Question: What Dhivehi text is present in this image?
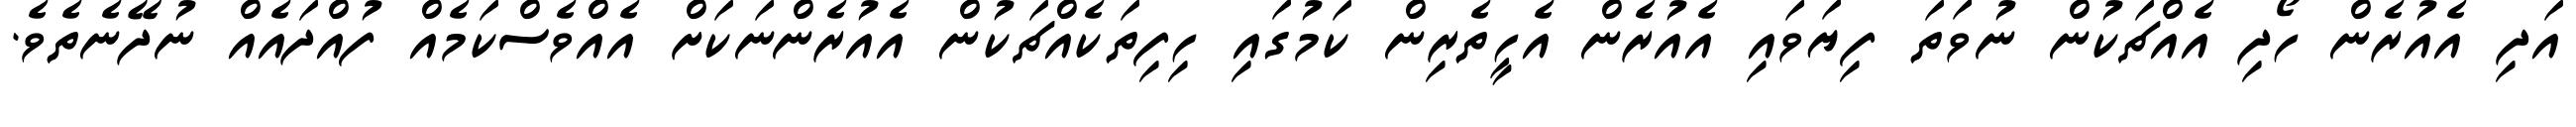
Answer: އަދި އެއުރެން ހޯދި އެއްޗަކުން ނުވަތަ ފިޔަވައި އެއުރެން އެހީތެރިން ކަމުގައި ހިފިތަކެއްޗަކުން އެއުރެންނަކަށް އެއްވެސްކަމެއް ފުއްދައެއް ނުދޭނެތެވެ.